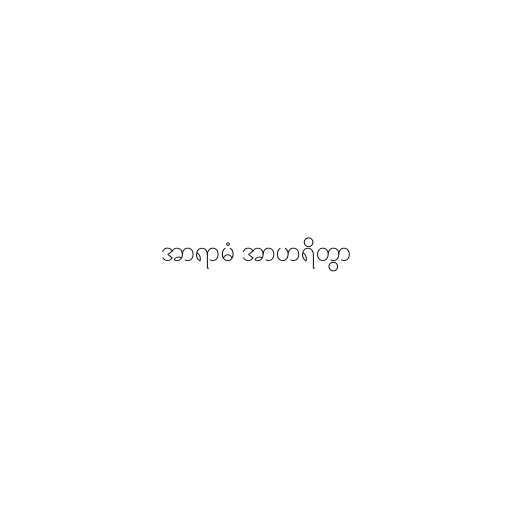
အာရာမံ အာဟရိတွာ